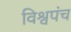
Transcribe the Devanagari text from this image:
विश्वपंच